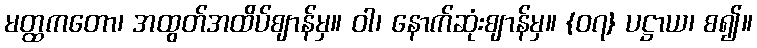
မတ္ထကတော၊ အထွတ်အထိပ်ဈာန်မှ။ ဝါ၊ နောက်ဆုံးဈာန်မှ။ {၀၇} ပဋ္ဌာယ၊ စ၍။